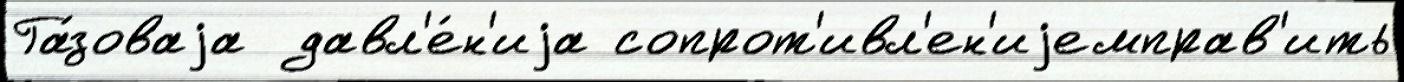
Га́зоваjа  давл'е́н'иjа сопрот'ивл'ен'иjемправ'ить